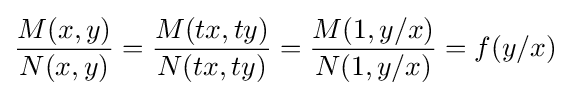
{\frac {M(x,y)}{N(x,y)}}={\frac {M(tx,ty)}{N(tx,ty)}}={\frac {M(1,y/x)}{N(1,y/x)}}=f(y/x)